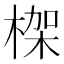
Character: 𣕧